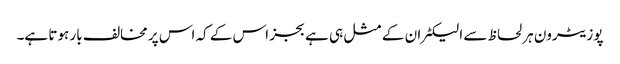
پوزیٹرون ہر لحاظ سے الیکٹران کے مثل ہی ہے بجز اس کے کہ اس پر مخالف بار ہوتا ہے۔